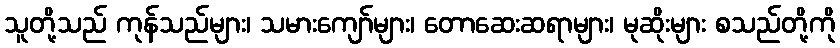
သူတို့သည် ကုန်သည်များ၊ သမားကျော်များ၊ တောဆေးဆရာများ၊ မုဆိုးများ စသည်တို့ကို